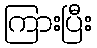
ကြားပြီး